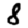
Digit: 8